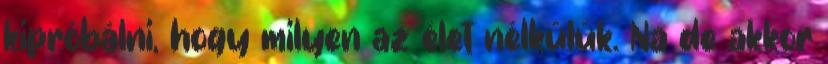
kipróbálni, hogy milyen az élet nélkülük. Na de akkor